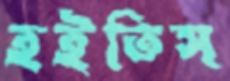
হইতিস